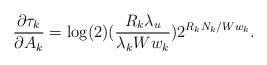
LaTeX: \begin{align*}\frac{\partial \tau_{k}}{\partial A_{k}} = \log(2) (\frac{R_{k}\lambda_{u}}{\lambda_{k}W w_{k}})2^{R_{k}N_{k}/W w_{k}}.\end{align*}